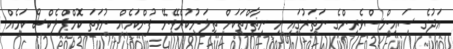
އަދުގެ ސައިންސްވެރިންގެ ނަޡަރުގައި މި ނިޡާމްތަކަށް ތިލަނުކުރެވޭނޭ ފުންކަމެއް ނުވަތަ ކޮމްޕްލެކްސް ކަމެއް